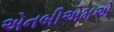
એનબીએમએ